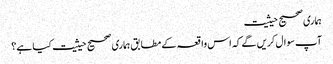
ہماری صحیح حیثیت
آپ سوال کریں گے کہ اس واقعہ کے مطابق ہماری صحیح حیثیت کیا ہے؟